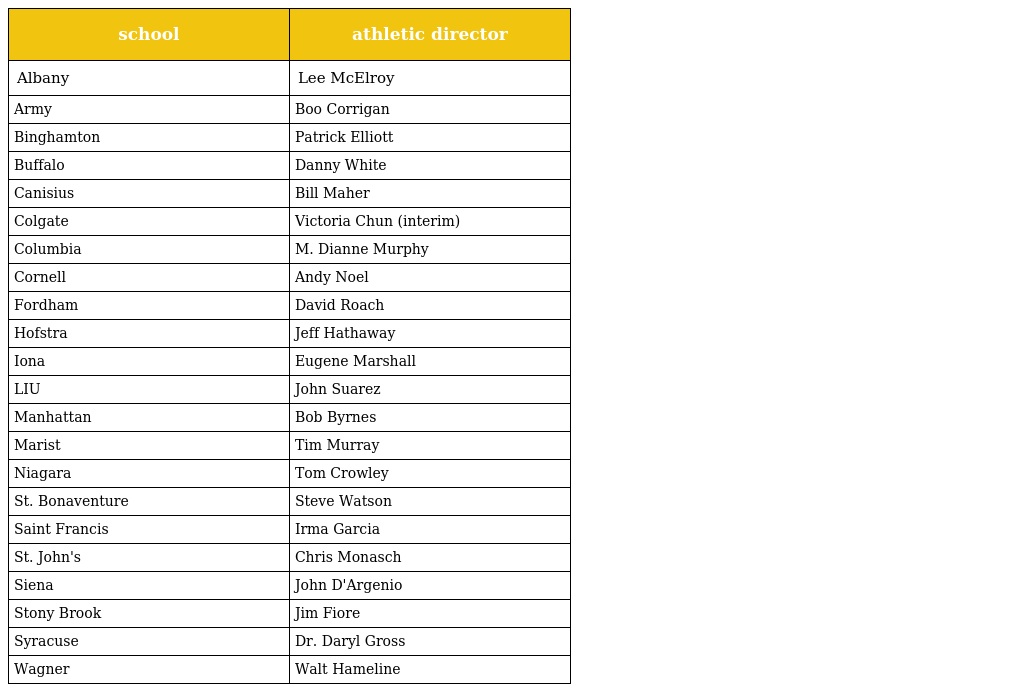
| school | athletic director |
 | --- | --- |
 | Albany | Lee McElroy |
 | Army | Boo Corrigan |
 | Binghamton | Patrick Elliott |
 | Buffalo | Danny White |
 | Canisius | Bill Maher |
 | Colgate | Victoria Chun (interim) |
 | Columbia | M. Dianne Murphy |
 | Cornell | Andy Noel |
 | Fordham | David Roach |
 | Hofstra | Jeff Hathaway |
 | Iona | Eugene Marshall |
 | LIU | John Suarez |
 | Manhattan | Bob Byrnes |
 | Marist | Tim Murray |
 | Niagara | Tom Crowley |
 | St. Bonaventure | Steve Watson |
 | Saint Francis | Irma Garcia |
 | St. John's | Chris Monasch |
 | Siena | John D'Argenio |
 | Stony Brook | Jim Fiore |
 | Syracuse | Dr. Daryl Gross |
 | Wagner | Walt Hameline |